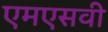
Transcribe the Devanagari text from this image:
एमएसवी